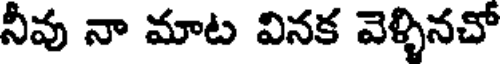
నీవు నా మాట వినక వెళ్ళినచో